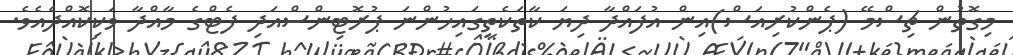
މިގޮތުން ޗިސްމޭ (ޕެންކުރިއަސް)އިން އުފައްދާ ދިޔަ ކާތަކެތީގައިހުންނަ ޕުރޮޓިންސްއަދި ފެޓްގެ މާއްދާ ވަކިކޮއްދެއެވެ.